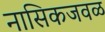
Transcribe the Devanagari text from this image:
नासिकजवळ